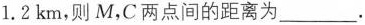
1.2km，则M，C两点间的距离为___.